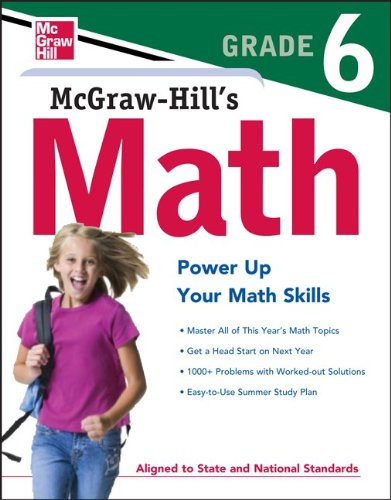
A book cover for McGraw-Hill Education Math Grade 6; McGraw-Hill Education; Test Preparation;